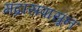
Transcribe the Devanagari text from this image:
मद्रासपासून